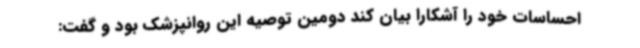
احساسات خود را آشکارا بیان کند دومین توصیه این روانپزشک بود و گفت: